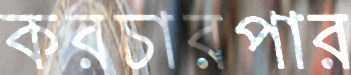
করচারপার